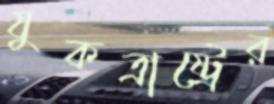
যুকত্রাষ্ট্রের